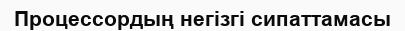
Процессордың негізгі сипаттамасы